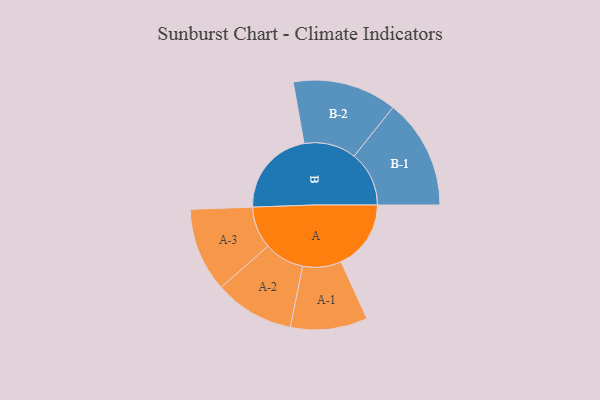
{"axis": {"x": "Segment", "y": "Value"}, "legend": ["", "A", "B"], "data": [{"x": "A", "y": 298, "type": ""}, {"x": "B", "y": 373, "type": ""}, {"x": "A-1", "y": 164, "type": "A"}, {"x": "A-2", "y": 170, "type": "A"}, {"x": "A-3", "y": 179, "type": "A"}, {"x": "B-1", "y": 234, "type": "B"}, {"x": "B-2", "y": 222, "type": "B"}]}